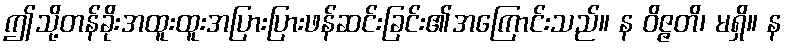
ဤသို့တန်ခိုးအထူးထူးအပြားပြားဖန်ဆင်းခြင်း၏အကြောင်းသည်။ န ဝိဇ္ဇတိ၊ မရှိ။ န